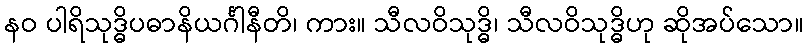
နဝ ပါရိသုဒ္ဓိပဓာနိယင်္ဂါနီတိ၊ ကား။ သီလဝိသုဒ္ဓိ၊ သီလဝိသုဒ္ဓိဟု ဆိုအပ်သော။